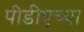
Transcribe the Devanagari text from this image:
पीडीएच्या